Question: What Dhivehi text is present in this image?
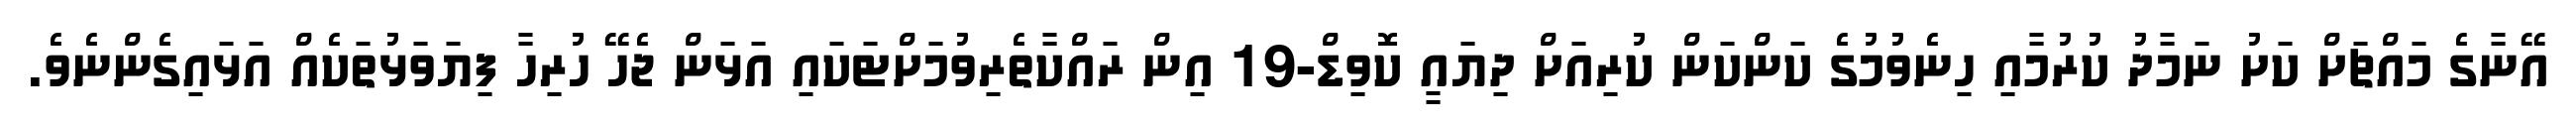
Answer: އޭނާގެ މައްޗަށް ކަށު ނަމާދު ކުރުމާއި ހިނެވުމުގެ ކަންކަން ކުރިއަށް ދިޔައީ ކޮވިޑް-19 އިން ރައްކާތެރިވުމަށްޓަކައި އަޅަން ޖެހޭ ހުރިހާ ފިޔަވަޅުތަކެއް އަޅައިގެންނެވެ.